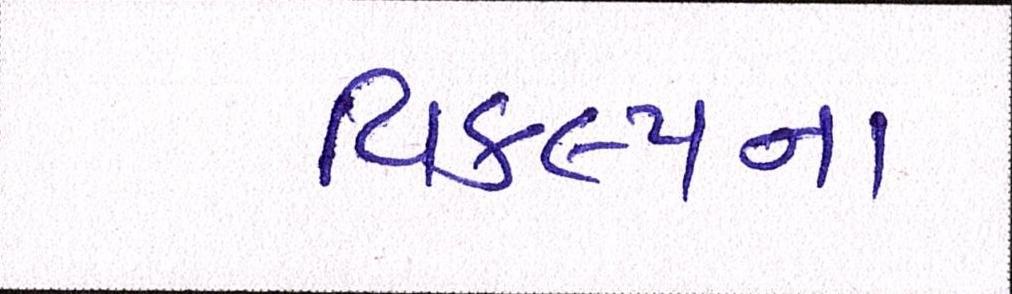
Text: વિકલ્પના